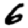
Digit: 6